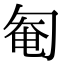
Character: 匎